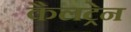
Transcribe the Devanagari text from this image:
कैलट्रेन